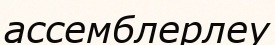
ассемблерлеу